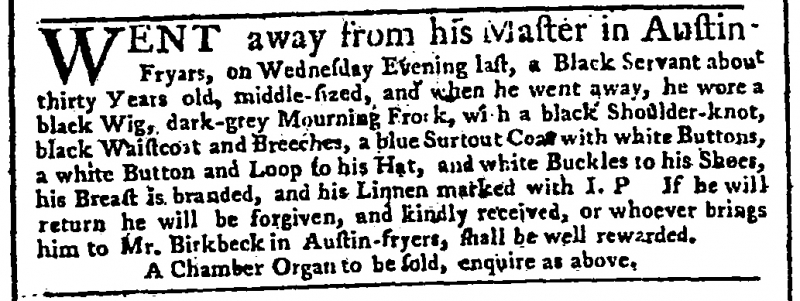
Public Advertiser, 8 April 1755 (England)
WENT away from his Master in Austin-Fryars, on Wednesday Evening last, a Black Servant about thirty Years old, middle-sized, and when he went away, he wore a black Wig, dark-grey Mourning Frock, wi[t]h a black Shoulder-knot, black Waistcoat and Breeches, a blue Surtout Coat with white Buttons, a white Button and Loop to his Hat, and white Buckles to this Shoes, his Breast is branded, and his Linnen marked with I. P   If he will return he will be forgiven, and kindly received, or whoever brings him to Mr Birkbeck in Austin-fryers, shall be rewarded.   A Chamber Organ to be sold, enquire as above.